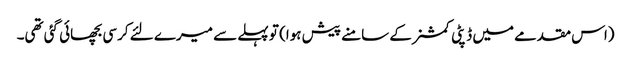
(اس مقدمے میں ڈپٹی کمشنر کے سامنے پیش ہوا) تو پہلے سے میرے لئے کرسی بچھائی گئی تھی۔